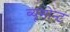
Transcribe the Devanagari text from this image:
ब्यूमोन्ट